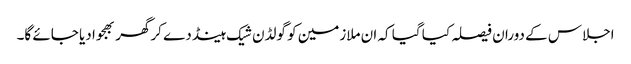
اجلاس کے دوران فیصلہ کیا گیا کہ ان ملازمین کو گولڈن شیک ہینڈ دے کرگھر بھجوا دیا جائے گا۔